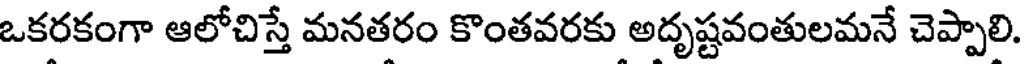
ఒకరకంగా ఆలోచిస్తే మనతరం కొంతవరకు అదృష్టవంతులమనే చెప్పాలి.